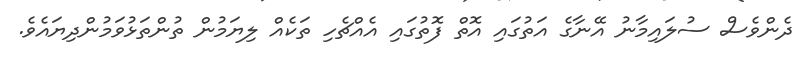
ދެންވެސް ސުލައިމާނު އޭނާގެ އަތުގައި އޮތް ފޮތުގައި އެއްޗެހި ތަކެއް ލިޔަމުން ތުންތަޅުވަމުންދިޔައެވެ.